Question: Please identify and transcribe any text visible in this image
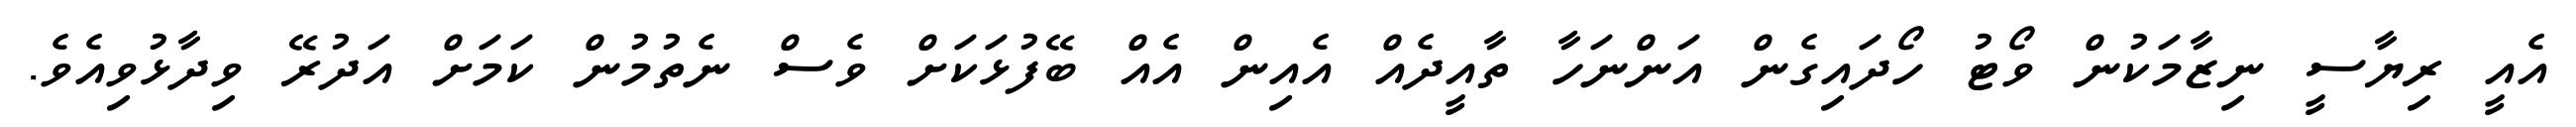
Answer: އެއީ ރިޔާސީ ނިޒާމަކުން ވޯޓު ހޯދައިގެން އަންނަހާ ތާއީދެއް އެއިން އެއް ބޭފުޅަކަށް ވެސް ނެތުމުން ކަމަށް އަދުރޭ ވިދާޅުވިއެވެ.